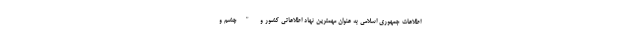
اطلاعات جمهوری اسلامی به عنوان مهمترین نهاد اطلاعاتی کشور و "چشم و